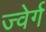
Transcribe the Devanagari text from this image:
ज्वेर्ग